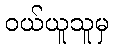
ဝယ်ယူသူမှ